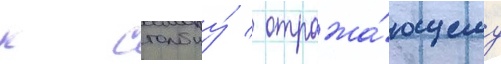
к столбцу́ / отража́ющему